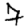
Digit: 7